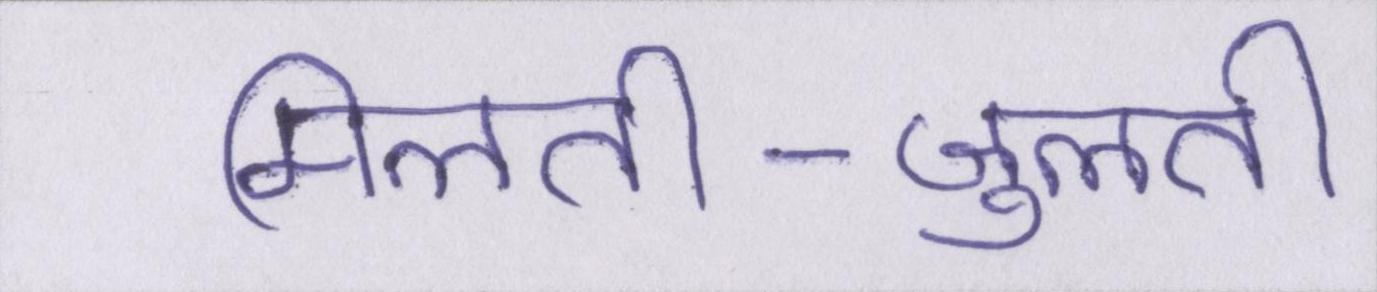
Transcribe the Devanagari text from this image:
मिलती-जुलती